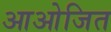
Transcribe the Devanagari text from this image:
आओजित